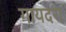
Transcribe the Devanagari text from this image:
गायदरा